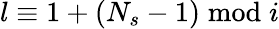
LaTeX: l\equiv 1+(N_{s}-1)\bmod i